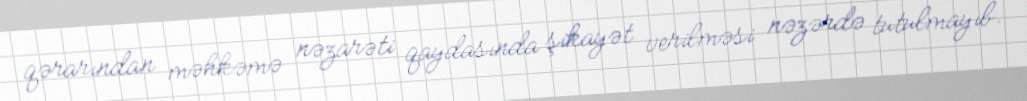
qərarından məhkəmə nəzarəti qaydasında şikayət verilməsi nəzərdə tutulmayıb.